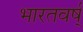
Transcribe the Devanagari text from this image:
भारतवर्ष्